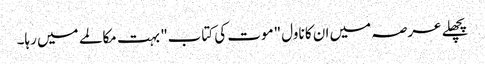
پچھلے عرصہ میں ان کا ناول "موت کی کتاب" بہت مکالمے میں رہا۔